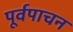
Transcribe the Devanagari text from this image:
पूर्वपाचन